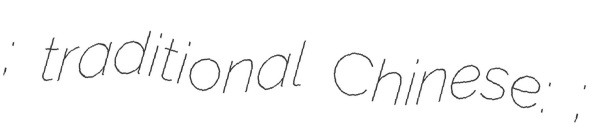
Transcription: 巴东县; traditional Chinese: 巴東縣;